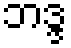
ဘဒ္ဒ